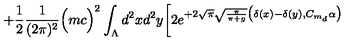
+ \frac { 1 } { 2 } \frac { 1 } { ( 2 \pi ) ^ { 2 } } \Big ( m c \Big ) ^ { 2 } \int _ { \Lambda } d ^ { 2 } x d ^ { 2 } y \bigg [ 2 e ^ { + 2 \sqrt { \pi } \sqrt { \frac { \pi } { \pi + g } } \big ( \delta ( x ) - \delta ( y ) , C _ { m _ { d } } \alpha \big ) }